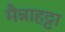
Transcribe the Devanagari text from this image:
मैन्नाहट्टा